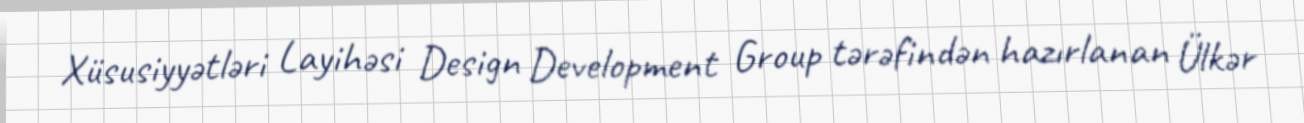
Xüsusiyyətləri Layihəsi Design Development Group tərəfindən hazırlanan Ülkər